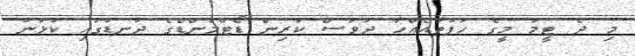
މި ދެ ޓީމު މީގެ ހަފުތާއެއްހާ ދުވަސް ކުރިން ޑޯޓްމުންޑްގެ ދަނޑުގައި ކުޅުނު